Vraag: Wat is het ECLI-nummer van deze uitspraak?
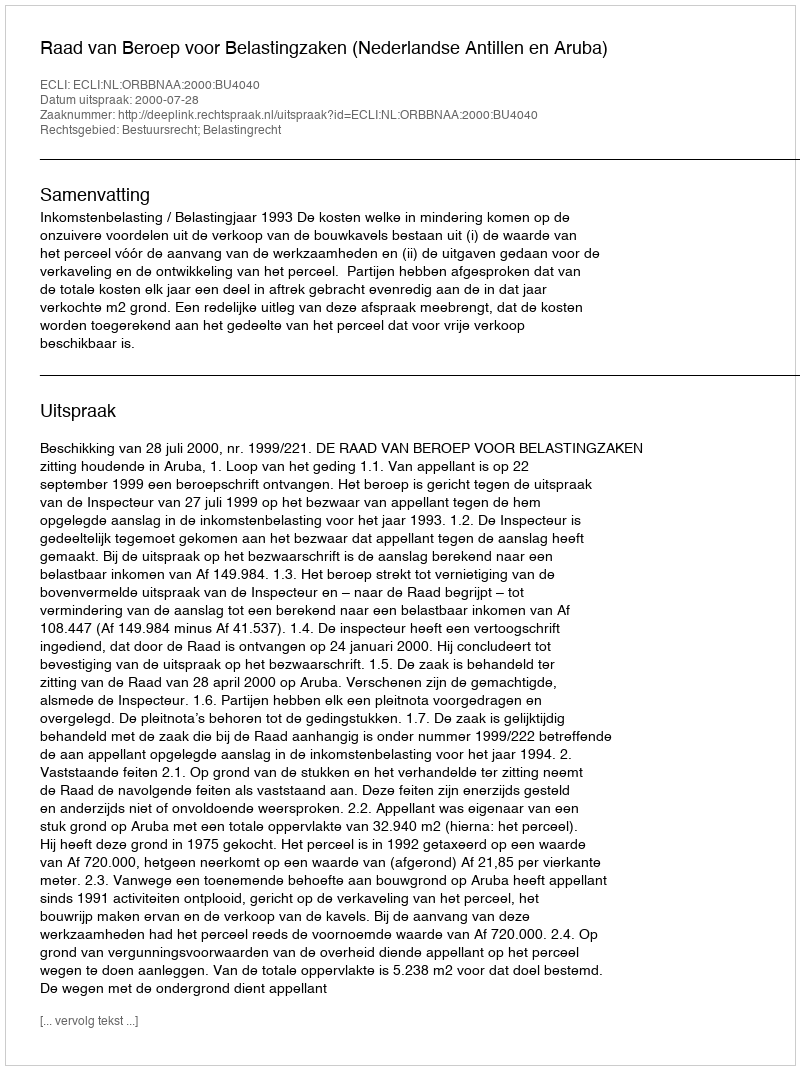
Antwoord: ECLI:NL:ORBBNAA:2000:BU4040